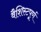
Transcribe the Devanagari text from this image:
वैशिस्टपूर्ण